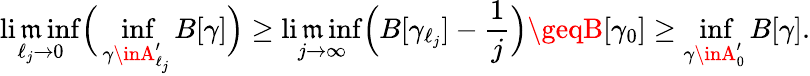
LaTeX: \operatorname*{li\mathfrak{m}inf}_{\ell_{j}\to0}\Big(\operatorname*{inf}_{\gamma\inA_{\ell_{j}}^{\prime}}B[\gamma]\Big)\geq\operatorname*{li\mathfrak{m}inf}_{j\to\infty}\Big(B[\gamma_{\ell_{j}}]-\frac{{1}}{{j}}\Big)\geqB[\gamma_{0}]\geq\operatorname*{inf}_{\gamma\inA_{0}^{\prime}}B[\gamma].